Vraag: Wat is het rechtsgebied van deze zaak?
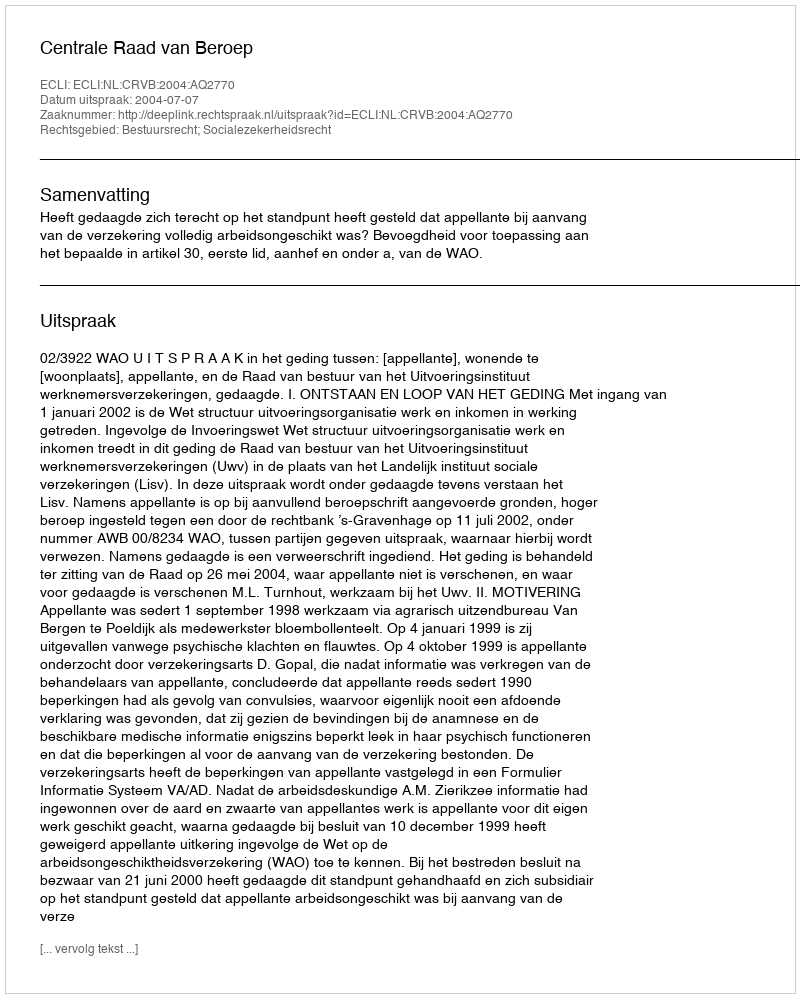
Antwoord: Bestuursrecht; Socialezekerheidsrecht